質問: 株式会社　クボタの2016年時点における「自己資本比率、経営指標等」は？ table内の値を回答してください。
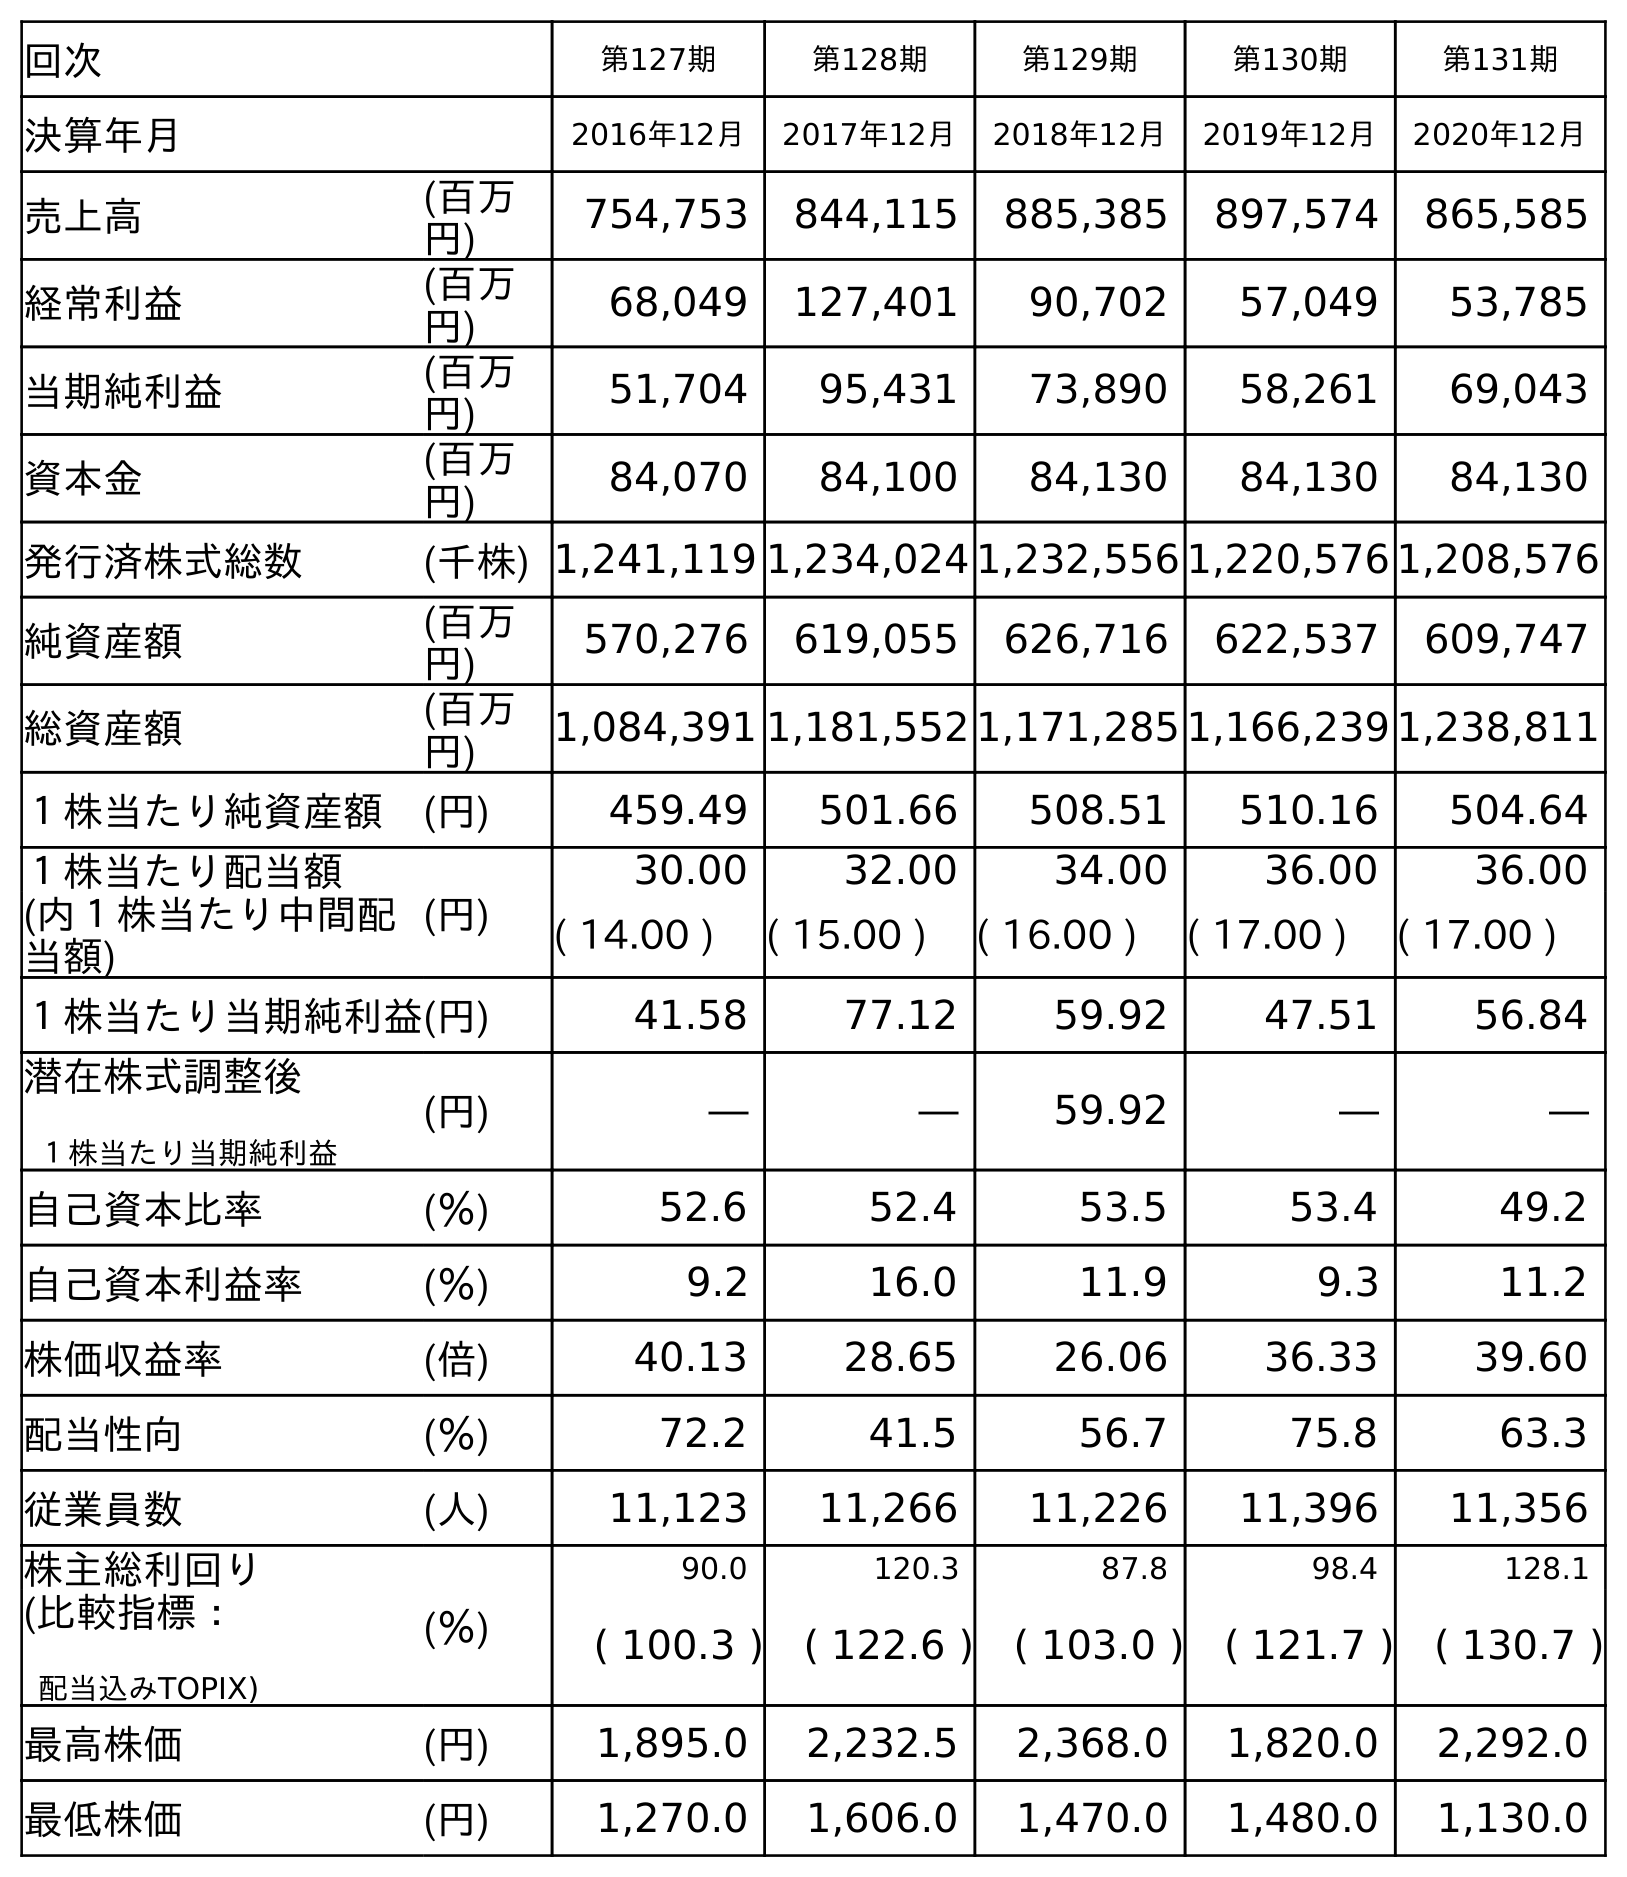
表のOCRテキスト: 回次 第127期 第128期 第129期 第130期 第131期 決算年月 2016年12月 2017年12月 2018年12月 2019年12月 2020年12月 売上高 (百万 円) 754,753 844,115 885,385 897,574 865,585 経常利益 (百万 円) 68,049 127,401 90,702 57,049 53,785 当期純利益 (百万 円) 51,704 95,431 73,890 58,261 69,043 資本金 (百万 円) 84,070 84,100 84,130 84,130 84,130 発行済株式総数 (千株) 1,241,119 1,234,024 1,232,556 1,220,576 1,208,576 純資産額 (百万 円) 570,276 619,055 626,716 622,537 609,747 総資産額 (百万 円) 1,084,391 1,181,552 1,171,285 1,166,239 1,238,811 １株当たり純資産額 (円) 459.49 501.66 508.51 510.16 504.64 １株当たり配当額 (円) 30.00 32.00 34.00 36.00 36.00 (内１株当たり中間配 当額) ( 14.00 ) ( 15.00 ) ( 16.00 ) ( 17.00 ) ( 17.00 ) １株当たり当期純利益(円) 41.58 77.12 59.92 47.51 56.84 潜在株式調整後 １株当たり当期純利益 (円) ― ― 59.92 ― ― 自己資本比率 (％) 52.6 52.4 53.5 53.4 49.2 自己資本利益率 (％) 9.2 16.0 11.9 9.3 11.2 株価収益率 (倍) 40.13 28.65 26.06 36.33 39.60 配当性向 (％) 72.2 41.5 56.7 75.8 63.3 従業員数 (人) 11,123 11,266 11,226 11,396 11,356 株主総利回り (％) 90.0 120.3 87.8 98.4 128.1 (比較指標： 配当込みTOPIX) ( 100.3 ) ( 122.6 ) ( 103.0 ) ( 121.7 ) ( 130.7 ) 最高株価 (円) 1,895.0 2,232.5 2,368.0 1,820.0 2,292.0 最低株価 (円) 1,270.0 1,606.0 1,470.0 1,480.0 1,130.0
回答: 52.6